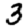
Digit: 3